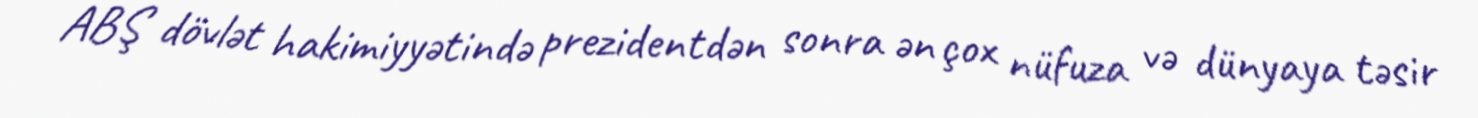
ABŞ dövlət hakimiyyətində prezidentdən sonra ən çox nüfuza və dünyaya təsir